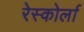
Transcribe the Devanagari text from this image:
रेस्कोर्ला